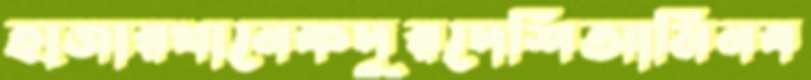
হাজারখানেকদূরদেশিআমিনব